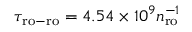
\tau _ { \mathrm { r o - r o } } = 4 . 5 4 \times 1 0 ^ { 9 } n _ { \mathrm { r o } } ^ { - 1 }